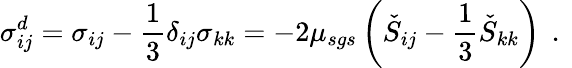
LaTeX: \sigma_{ij}^{d}=\sigma_{ij}-\frac{1}{3}\delta_{ij}\sigma_{kk}=-2\mu_{sgs}\left(\check{S}_{ij}-\frac{1}{3}\check{S}_{kk}\right)\, \mathrm{~.~}